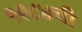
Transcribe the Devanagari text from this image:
१९८४ची